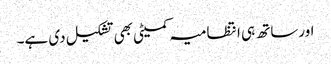
اورساتھ ہی انتظامیہ کمیٹی بھی تشکیل دی ہے۔